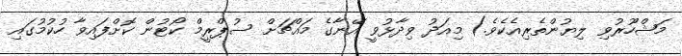
މަޝްހޫރުވި ލިޔުންތެރިއެކެވެ.) މިއަދު ވިދާޅުވީ އޭނާގެ މައްޗަށް ސުޕްރީމް ކޯޓުން ކޮށްފައިވާ ހުކުމުގައި